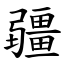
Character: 疆